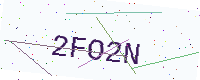
Text: 2FO2N